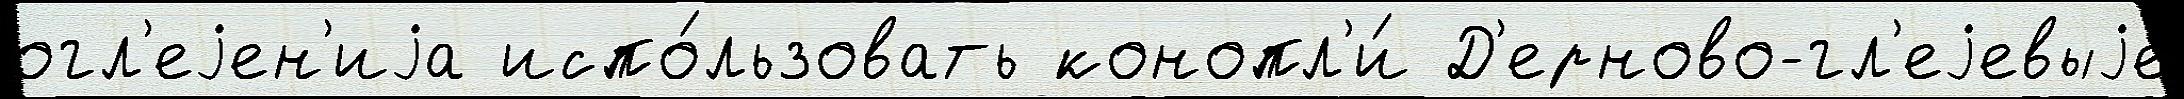
огл'еjен'иjа испо́льзовать конопл'и́ Д'ерново-гл'еjевыjе